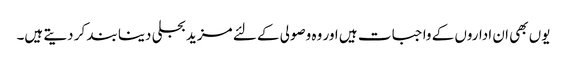
یوں بھی ان اداروں کے واجبات ہیں اور وہ وصولی کے لئے مزید بجلی دینا بند کر دیتے ہیں۔